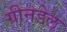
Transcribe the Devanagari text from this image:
ग्रीनडेल